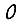
Digit: 0